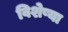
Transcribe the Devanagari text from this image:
विशेष्या